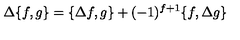
\Delta \{ f , g \} = \{ \Delta f , g \} + ( - 1 ) ^ { f + 1 } \{ f , \Delta g \}